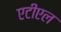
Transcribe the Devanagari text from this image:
एटीएल